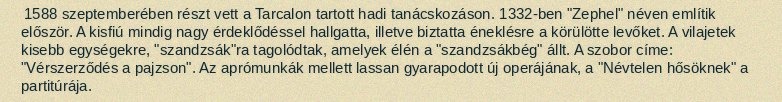
1588 szeptemberében részt vett a Tarcalon tartott hadi tanácskozáson. 1332-ben "Zephel" néven említik először. A kisfiú mindig nagy érdeklődéssel hallgatta, illetve biztatta éneklésre a körülötte levőket. A vilajetek kisebb egységekre, "szandzsák"ra tagolódtak, amelyek élén a "szandzsákbég" állt. A szobor címe: "Vérszerződés a pajzson". Az aprómunkák mellett lassan gyarapodott új operájának, a "Névtelen hősöknek" a partitúrája.